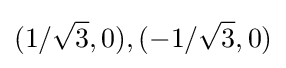
(1/{\sqrt {3}},0),(-1/{\sqrt {3}},0)